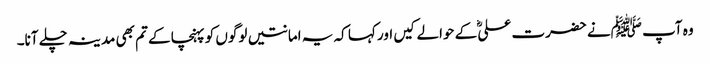
وہ آپ ﷺنے حضرت علیؓ کے حوالے کیں اور کہا کہ یہ امانتیں لوگوں کو پہنچا کے تم بھی مدینہ چلے آنا۔